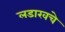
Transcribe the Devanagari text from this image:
लडाखचे